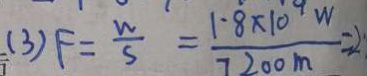
( 3 ) F = \frac { w } { s } = \frac { 1 . 8 \times 1 0 ^ { 9 } W } { 7 2 0 0 m } = 2